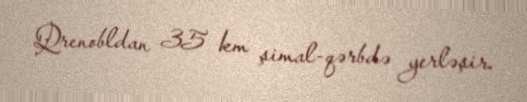
Qrenobldan 35 km şimal-qərbdə yerləşir.